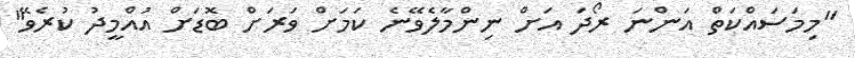
"މިމަސައްކަތް އަންނަ ރޯދަ އަށް ނިންމާލެވޭނެ ކަމަށް ވަރަށް ބޮޑަށް އުއްމީދު ކުރެވޭ"